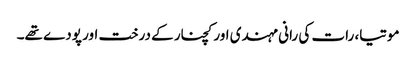
موتیا، رات کی رانی مہندی اور کچنار کے درخت اور پودے تھے۔